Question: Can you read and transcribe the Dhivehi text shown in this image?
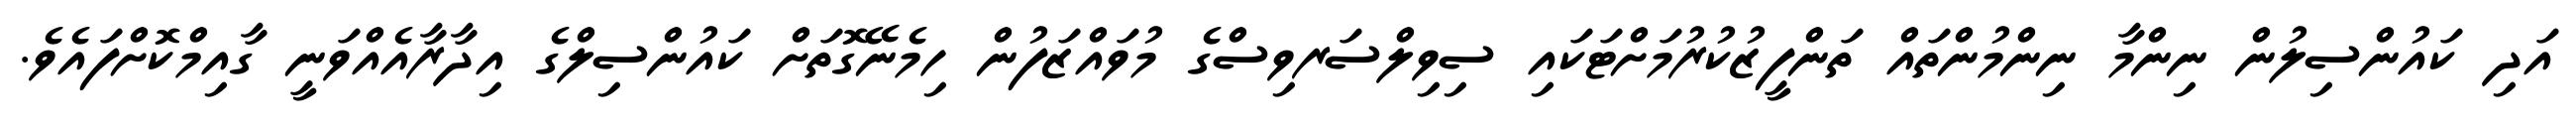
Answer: އަދި ކައުންސިލުން ނިންމާ ނިންމުންތައް ތަންފީޒުކުރުމަށްޓަކައި ސިވިލްސަރވިސްގެ މުވައްޒަފުން ހިމެނޭގޮތަށް ކައުންސިލްގެ އިދާރާއެއްވަނީ ގާއިމްކޮށްފައެވެ.